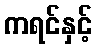
ကရင်နှင့်